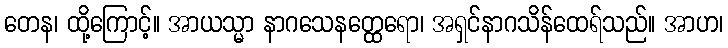
တေန၊ ထို့ကြောင့်။ အာယသ္မာ နာဂသေနတ္ထေရော၊ အရှင်နာဂသိန်ထေရ်သည်။ အာဟ၊